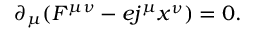
\partial _ { \mu } ( F ^ { \mu \nu } - e j ^ { \mu } x ^ { \nu } ) = 0 .